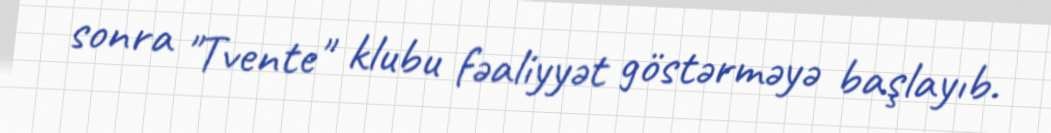
sonra "Tvente" klubu fəaliyyət göstərməyə başlayıb.